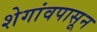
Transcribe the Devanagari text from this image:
शेगांवपासून